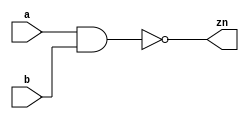
module nand2(/*AUTOARG*/
   // Outputs
   zn,
   // Inputs
   a, b
   );
   parameter DELAY = 1;

   input a,b;
   output zn;

   assign #(DELAY) zn =  !(a & b);

endmodule